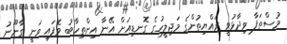
މުސްތަފާ ވިދާޅުވީ ރައްޔިތުންގެ މަޖިލީހުގެ ގޮނޑިއަށް އޭނާ އިންތިހާބު ވެފައި ވަނީ ގާނޫނު